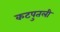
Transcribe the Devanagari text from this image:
कटपुतली